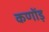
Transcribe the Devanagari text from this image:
कणोंड़